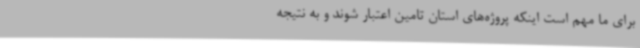
برای ما مهم است اینکه پروژه‌های استان تامین اعتبار شوند و به نتیجه